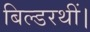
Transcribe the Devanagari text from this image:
बिल्डरथीं।